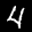
Digit: 4